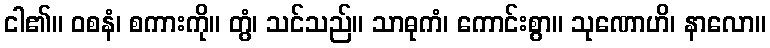
ငါ၏။ ဝစနံ၊ စကားကို။ တွံ၊ သင်သည်။ သာဓုကံ၊ ကောင်းစွာ။ သုဏောဟိ၊ နာလော။